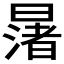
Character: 𪱅